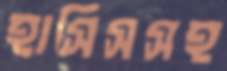
হাসিসসহ